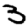
Digit: 3